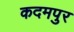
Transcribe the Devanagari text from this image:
कदमपुर